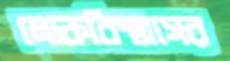
লোকবিশ্বাসের